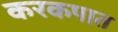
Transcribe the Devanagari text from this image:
करकपात